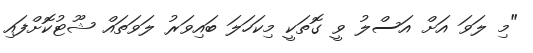
"މި ލަވަ އަށް އަސްލު ވީ ގޮތަކީ މިކަހަލަ ބައިވަރު ލަވަތައް ޝޫޓުކޮށްފައި